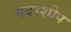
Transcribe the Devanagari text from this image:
मदरशीप